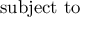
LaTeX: \mathrm { s u b j e c t ~ t o ~ }